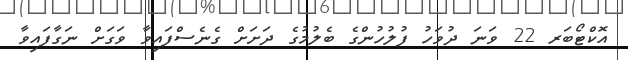
އޮކްޓޯބަރ 22 ވަނަ ދުވަހު ފުލުހުންގެ ބެލުމުގެ ދަށަށް ގެނެސްފައިވާ ވަގަށް ނަގާފައިވާ